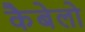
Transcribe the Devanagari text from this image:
कैबेलो